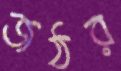
জঠর